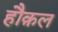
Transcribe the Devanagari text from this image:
हौक़ल